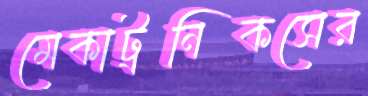
মেকাট্রনিকসের